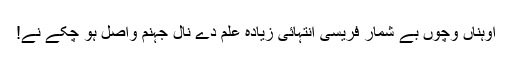
اُوہناں وِچوں بے شمار فریسی انتہائی زیادہ علم دے نال جہنم واصل ہو چکے نے!